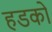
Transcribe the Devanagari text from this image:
हडको